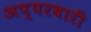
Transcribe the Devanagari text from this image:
अप्परबारी